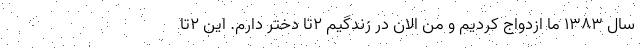
سال ۱۳۸۳ ما ازدواج کردیم و من الان در زندگیم ۲تا دختر دارم. این ۲تا